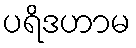
ပရိဒဟာမ